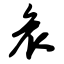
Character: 哀